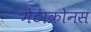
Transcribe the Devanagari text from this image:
मेटाक्रोनस